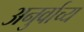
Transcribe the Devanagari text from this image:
अनुर्वाच्य